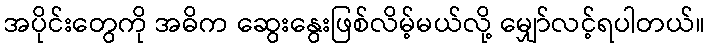
အပိုင်းတွေကို အဓိက ဆွေးနွေးဖြစ်လိမ့်မယ်လို့ မျှော်လင့်ရပါတယ်။